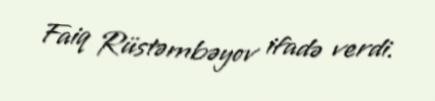
Faiq Rüstəmbəyov ifadə verdi.